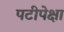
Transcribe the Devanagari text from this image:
पटीपेक्षा